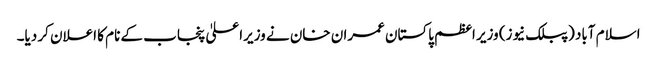
اسلام آباد (پبلک نیوز) وزیر اعظم پاکستان عمران خان نے وزیراعلیٰ پنجاب کے نام کا اعلان کر دیا۔